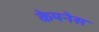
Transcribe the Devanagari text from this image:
केयनेस